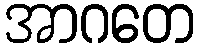
အာဂတေ